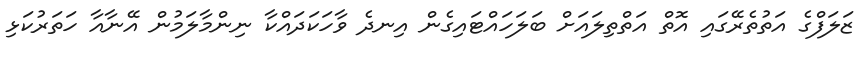
ޒަލަފްގެ އަތުތެރޭގައި އޮތް އަތްތިލައަށް ބަލަހައްޓައިގެން އިނދެ ވާހަކަދައްކާ ނިންމާލަމުން އޭނާއާ ހަތަރުކަޅި